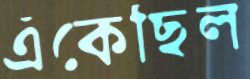
এঁকেছিল